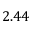
2 . 4 4